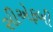
સીએફબી